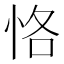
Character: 恪